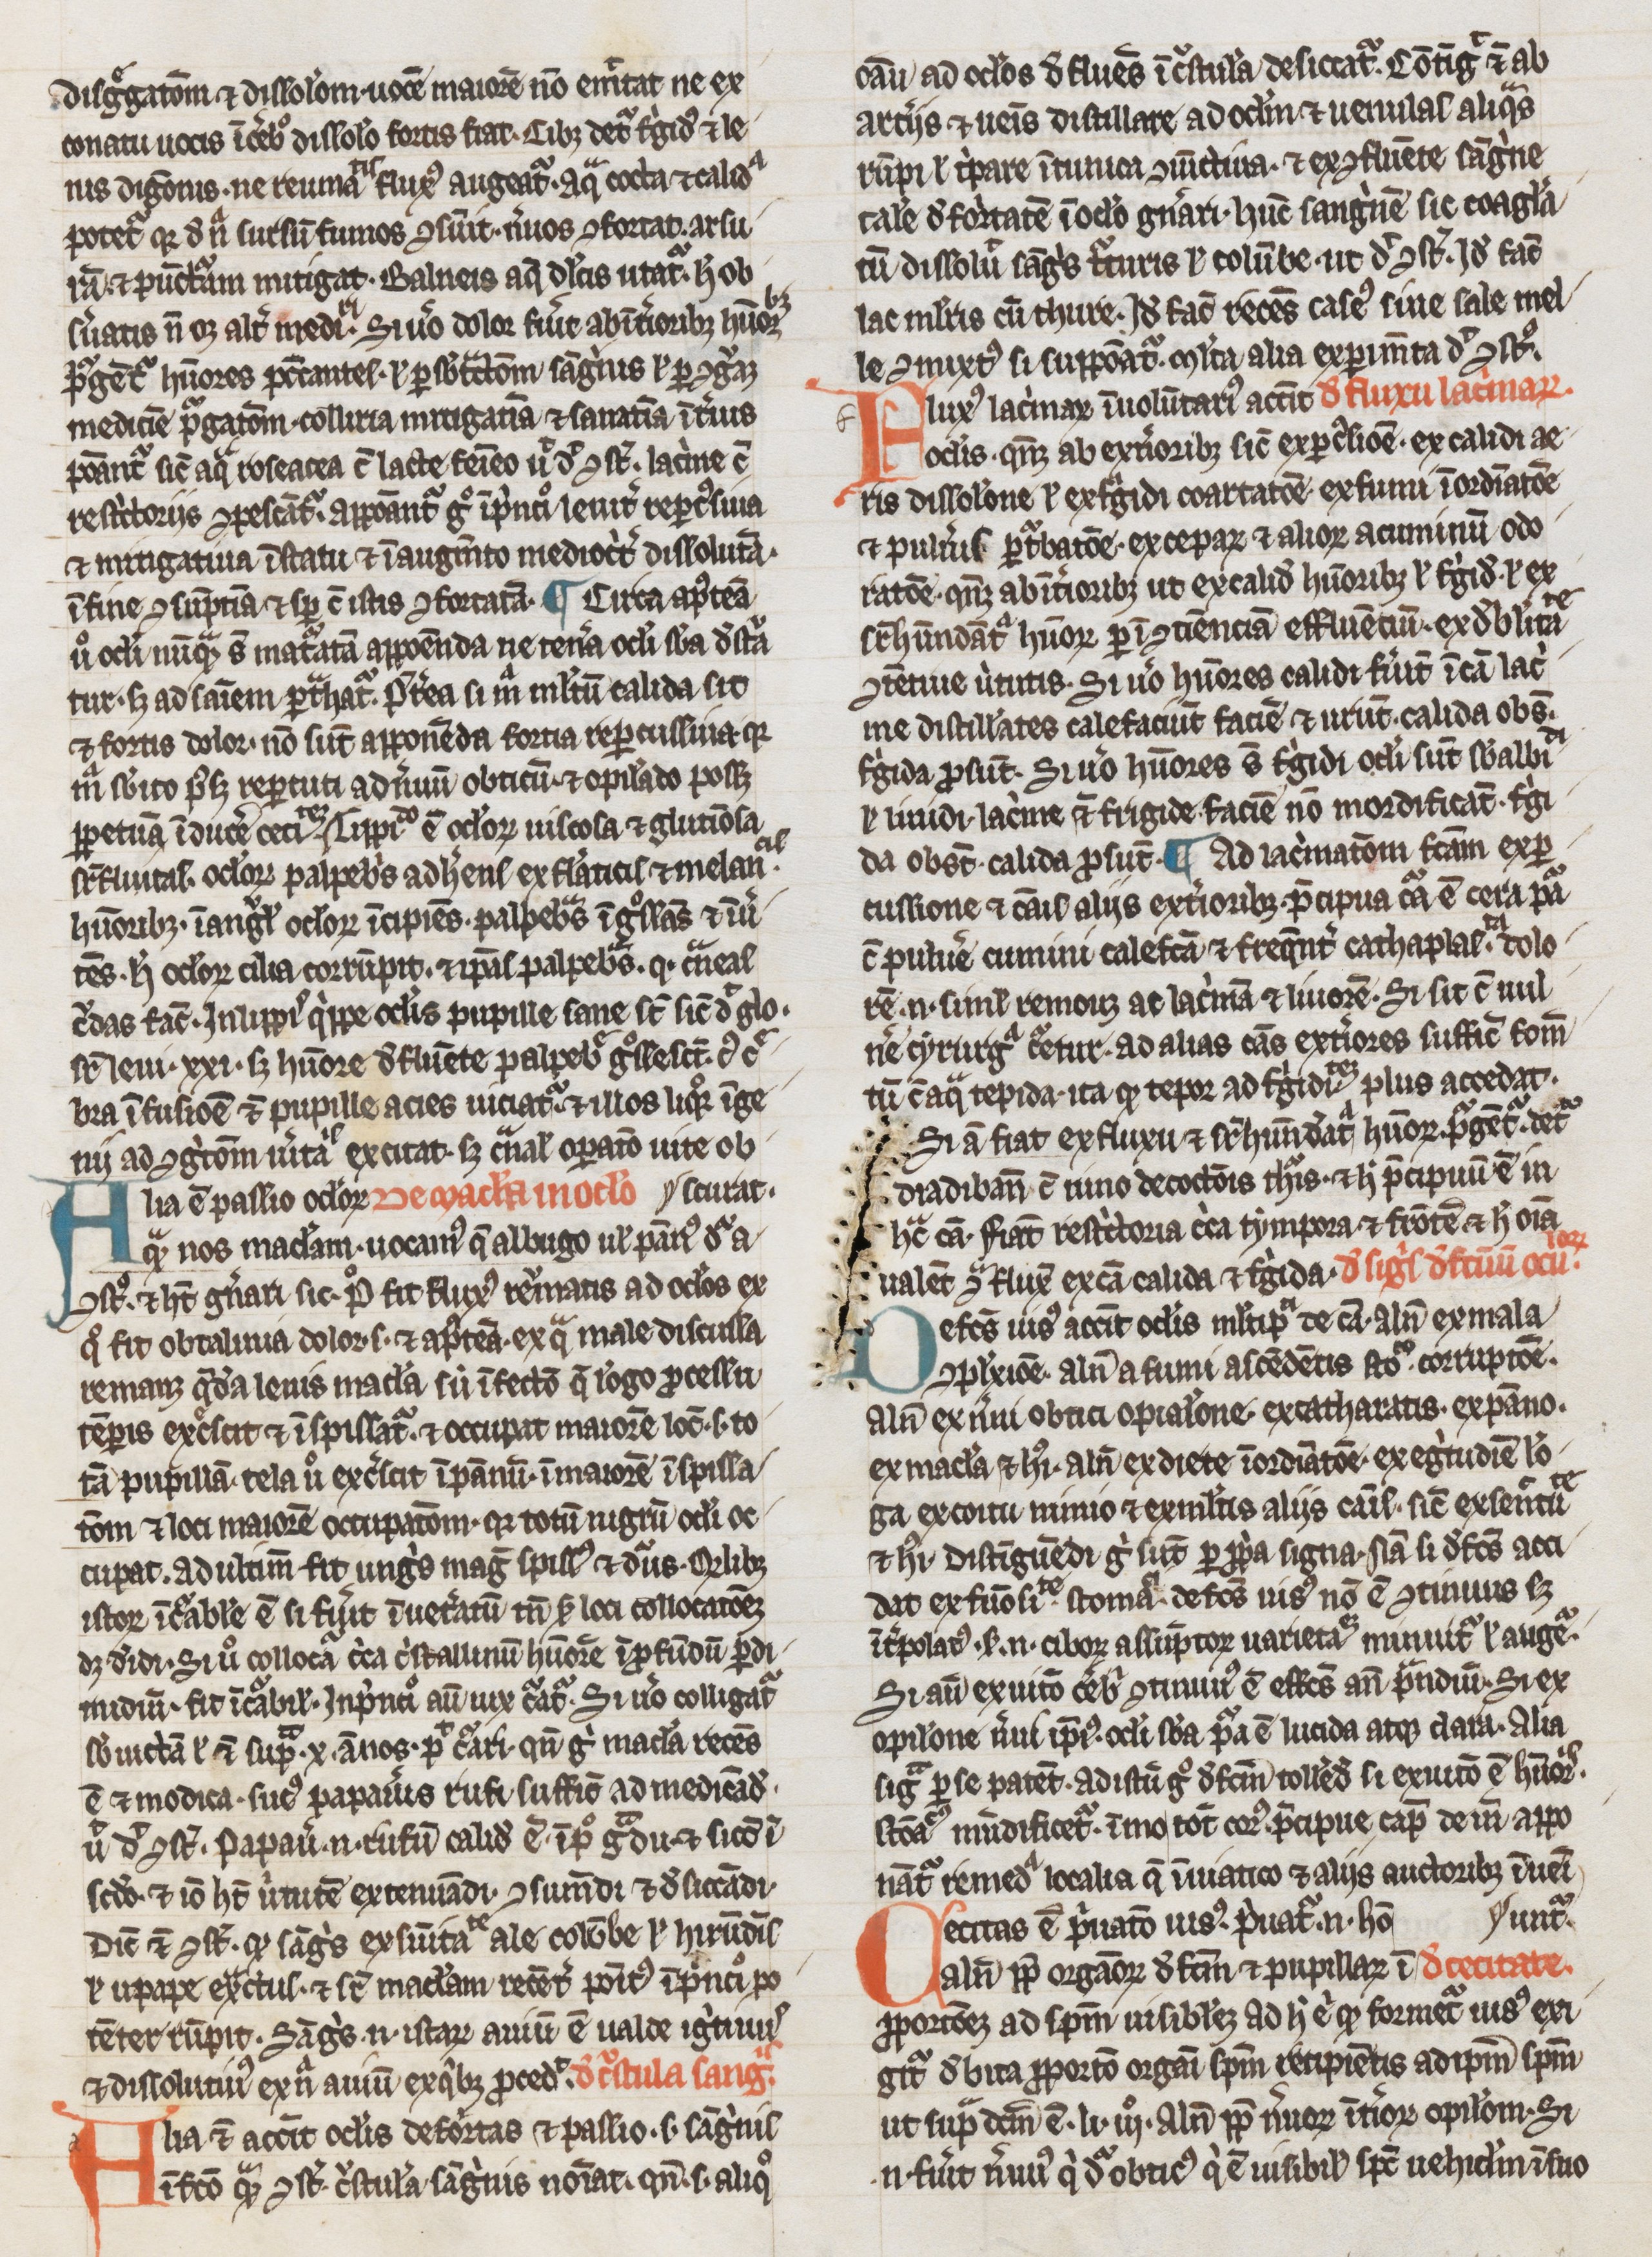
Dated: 1300–1399